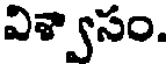
విశ్వాసం.